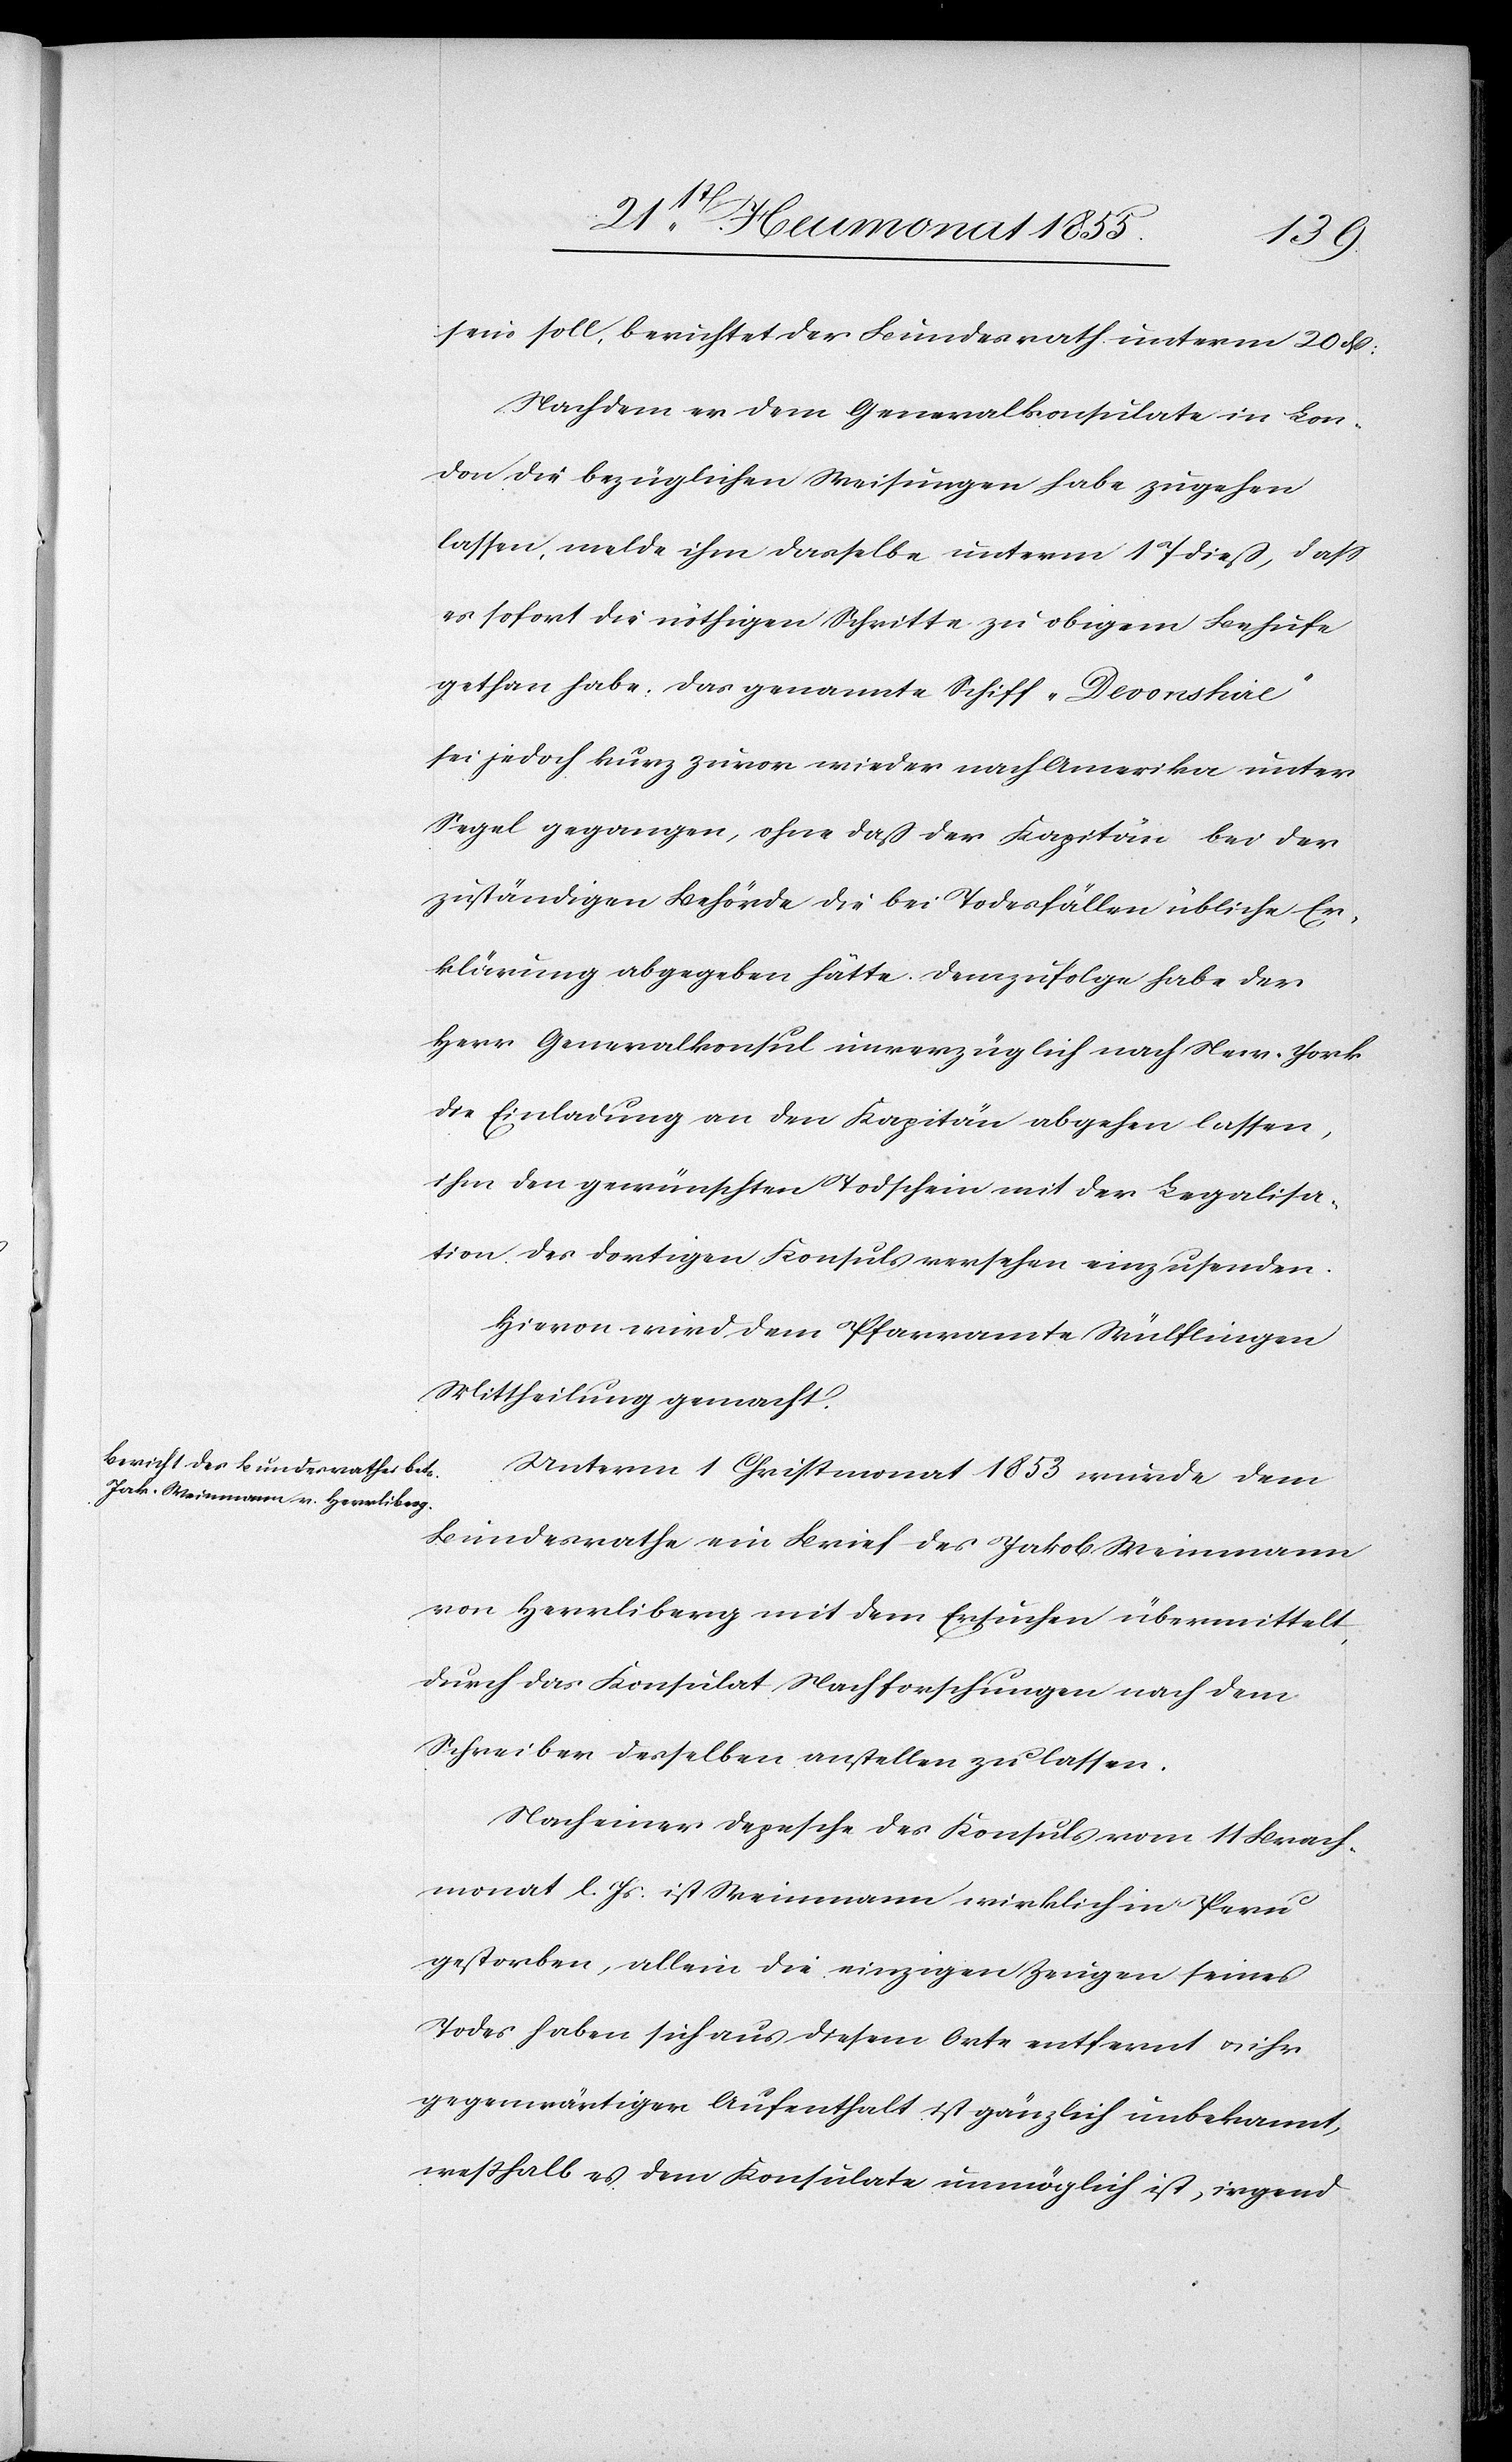
23 Heumonat 1855.]
sein soll, berichtet der Bundesrath unterm 20 dß:
Nachdem er dem Generalkonsulate in Lon¬
don die bezüglichen Weisungen habe zugehen
lassen, melde ihm dasselbe unterm 17 dieß, dass
es sofort die nöthigen Schritte zu obigem Behufe
gethan habe. Das genannte Schiff „Devonshire“
sei jedoch kurz zuvor wieder nach Amerika unter
Segel gegangen, ohne daß der Kapitän bei der
zuständigen Behörde die bei Todesfällen übliche Er¬
klärung abgegeben hätte. Demzufolge habe der
Herr Generalkonsul unverzüglich nach New-York
die Einladung an den Kapitän abgehen lassen,
ihm den gewünschten Todschein mit der Legalisa¬
tion des dortigen Konsuls versehen einzusenden.
Hievon wird dem Pfarramte Wülflingen
Mittheilung gemacht.
Unterm 1 Christmonat 1853 wurde dem
Bundesrathe ein Brief des Jakob Weinmann
von Herrliberg mit dem Ersuchen übermittelt,
durch das Konsulat Nachforschungen nach dem
Schreiben desselben anstellen zu lassen.
Nach einer Depesche des Konsuls vom 11 Brach¬
monat l. Js. ist Weinmann wirklich in Peru
gestorben, allein die einzigen Zeugen seines
Todes haben sich aus diesem Orte entfernt & ihr
gegenwärtiger Aufenthalt ist gänzlich unbekannt,
weßhalb es dem Konsulate unmöglich ist, irgend